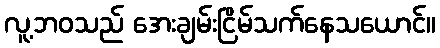
လူ့ဘဝသည် အေးချမ်းငြိမ်သက်နေသယောင်။